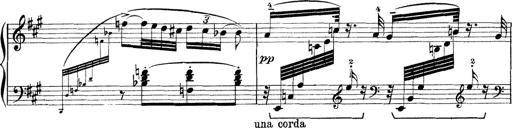
Title: Rapsodie: 19 ungheresi, 1 spagnuola
Composer: Franz Liszt